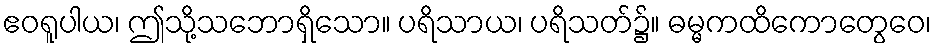
ဧဝရူပါယ၊ ဤသို့သဘောရှိသော။ ပရိသာယ၊ ပရိသတ်၌။ ဓမ္မကထိကောတွေဝေ၊